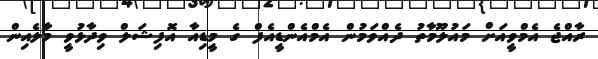
ރާއްޖެ އެމްވީއަށް މައުލޫމާތު ދެއްވަމުން އެމްއެންޑީއެފް ގެ މީޑިއާ އޮފިޝަލް ވިދާޅުވީ މާލެއިން